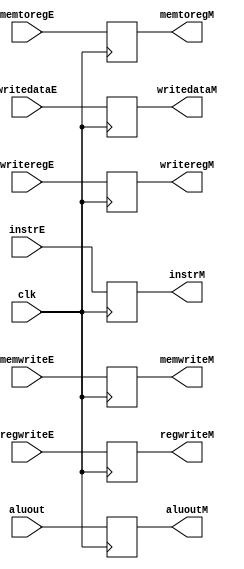
module M_EX_MEM_REG(
    input clk,
    input[31:0] instrE,
    input regwriteE, memtoregE, memwriteE,
    // input zero, 
    input[31:0] aluout, writedataE,
    input[4:0] writeregE,
    // input [31:0] pcbranch,
    output reg regwriteM, memtoregM, memwriteM,
    //output reg zeroM, 
    output reg [31:0] aluoutM, writedataM,
    output reg [4:0] writeregM,
    //output reg [31:0] pcbranchM,
    output reg [31:0] instrM);

    always @(posedge clk) begin
        //$display("EX to MEM");
        regwriteM <= regwriteE;
        memtoregM <= memtoregE;
        memwriteM <= memwriteE;
        //branchM <= branchE;
        //zeroM <= zero;
        aluoutM <= aluout;
        writedataM <= writedataE;
        writeregM <= writeregE;
        //pcbranchM <= pcbranch;
        instrM <= instrE;
        if(instrM!=8'hx)
            $display("Instruction %h is in MEM stage", instrM);
    end
endmodule